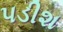
પડીશ